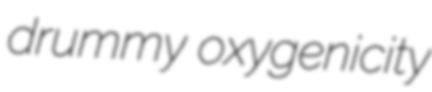
drummy oxygenicity